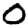
Digit: 0